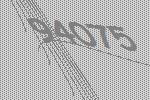
94075